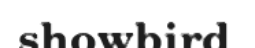
showbird